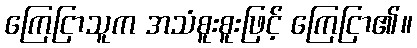
ကြေငြာသူက အသံစူးစူးဖြင့် ကြေငြာ၏။